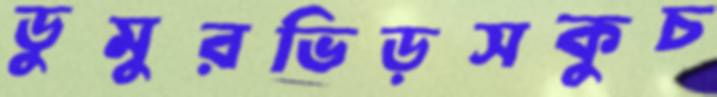
ডুমুরভিড়সকুচ